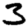
Digit: 3